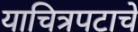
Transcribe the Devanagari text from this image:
याचित्रपटाचे